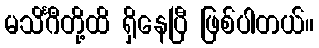
မသိင်္ဂီတို့ထိ ရှိနေပြီ ဖြစ်ပါတယ်။